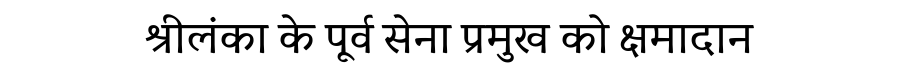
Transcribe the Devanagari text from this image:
श्रीलंका के पूर्व सेना प्रमुख को क्षमादान